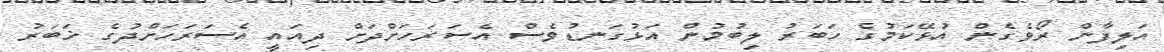
އަލިފާން ރޯވެގެން އުޅޭކަމުގެ ހަބަރު ލިބުމުން އަޅުގަނޑުވެސް އެސަރަހަށްދަށް ދިއައީ އެސަރަހަށްދުގެ ޚަބަރު